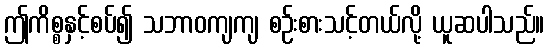
ဤကိစ္စနှင့်စပ်၍ သဘာဝကျကျ စဉ်းစားသင့်တယ်လို့ ယူဆပါသည်။